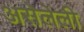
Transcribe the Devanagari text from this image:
असेलेली